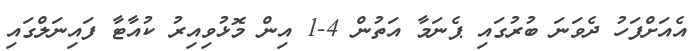
އެއަށްފަހު ދެވަނަ ބުރުގައި ޕެނަމާ އަތުން 4-1 އިން މޮޅުވިއިރު ކުއާޓާ ފައިނަލްގައި